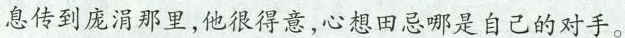
息传到庞涓那里，他很得意，心想田忌哪是自己的对手。